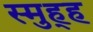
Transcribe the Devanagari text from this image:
स्मुह्ह